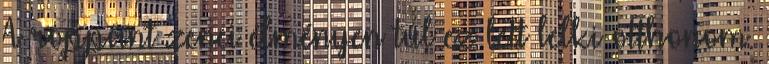
A roppant zenei élményen túl ez lett lelki otthonom.